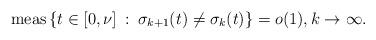
LaTeX: \begin{align*}\mathrm{meas}\,\{t\in [0,\nu]\::\:\sigma_{k+1}(t)\neq\sigma_k(t)\} =o(1), k\to\infty.\end{align*}